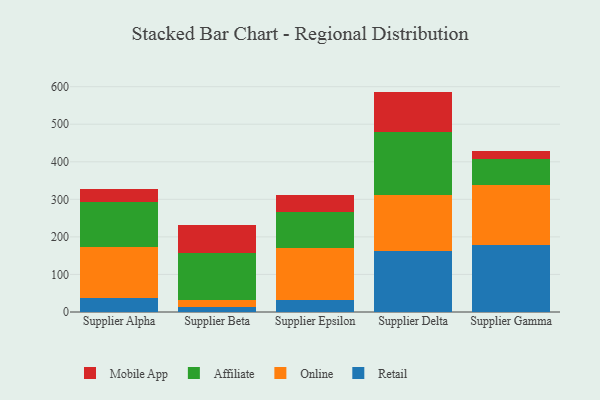
{"axis": {"x": "Supplier", "y": "Active Users"}, "legend": ["Affiliate", "Mobile App", "Online", "Retail"], "data": [{"x": "Supplier Alpha", "y": 38.4, "type": "Retail"}, {"x": "Supplier Alpha", "y": 134.6, "type": "Online"}, {"x": "Supplier Alpha", "y": 120.0, "type": "Affiliate"}, {"x": "Supplier Alpha", "y": 33.4, "type": "Mobile App"}, {"x": "Supplier Beta", "y": 12.9, "type": "Retail"}, {"x": "Supplier Beta", "y": 18.1, "type": "Online"}, {"x": "Supplier Beta", "y": 126.5, "type": "Affiliate"}, {"x": "Supplier Beta", "y": 73.0, "type": "Mobile App"}, {"x": "Supplier Epsilon", "y": 32.5, "type": "Retail"}, {"x": "Supplier Epsilon", "y": 139.2, "type": "Online"}, {"x": "Supplier Epsilon", "y": 95.0, "type": "Affiliate"}, {"x": "Supplier Epsilon", "y": 45.1, "type": "Mobile App"}, {"x": "Supplier Delta", "y": 161.5, "type": "Retail"}, {"x": "Supplier Delta", "y": 149.9, "type": "Online"}, {"x": "Supplier Delta", "y": 167.8, "type": "Affiliate"}, {"x": "Supplier Delta", "y": 107.7, "type": "Mobile App"}, {"x": "Supplier Gamma", "y": 177.1, "type": "Retail"}, {"x": "Supplier Gamma", "y": 161.5, "type": "Online"}, {"x": "Supplier Gamma", "y": 68.1, "type": "Affiliate"}, {"x": "Supplier Gamma", "y": 21.1, "type": "Mobile App"}]}